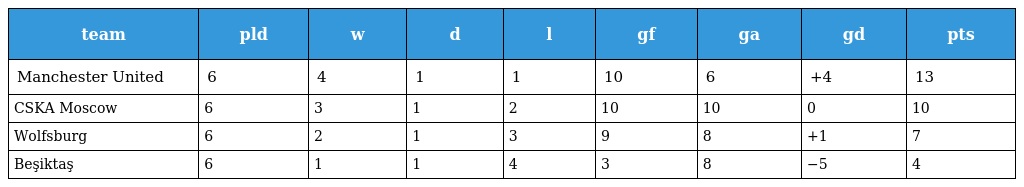
| team | pld | w | d | l | gf | ga | gd | pts |
 | --- | --- | --- | --- | --- | --- | --- | --- | --- |
 | Manchester United | 6 | 4 | 1 | 1 | 10 | 6 | +4 | 13 |
 | CSKA Moscow | 6 | 3 | 1 | 2 | 10 | 10 | 0 | 10 |
 | Wolfsburg | 6 | 2 | 1 | 3 | 9 | 8 | +1 | 7 |
 | Beşiktaş | 6 | 1 | 1 | 4 | 3 | 8 | −5 | 4 |